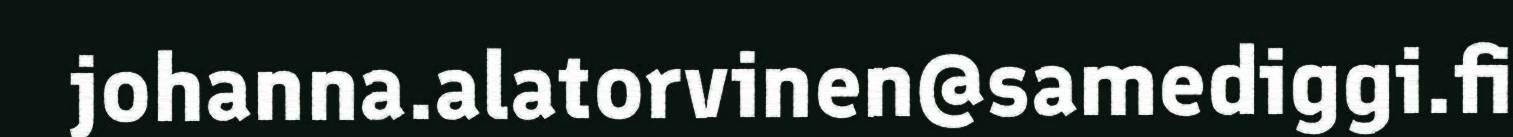
johanna.alatorvinen@samediggi.fi